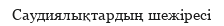
Саудиялықтардың шежіресі